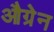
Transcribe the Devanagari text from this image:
औग्रेन